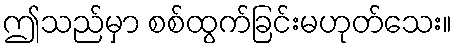
ဤသည်မှာ စစ်ထွက်ခြင်းမဟုတ်သေး။